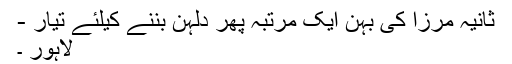
ثانیہ مرزا کی بہن ایک مرتبہ پھر دلہن بننے کیلئے تیار -
لاہور ۔